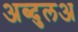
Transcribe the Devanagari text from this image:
अब्दुलअ